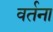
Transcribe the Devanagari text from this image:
वर्तना